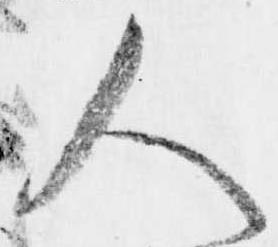
人